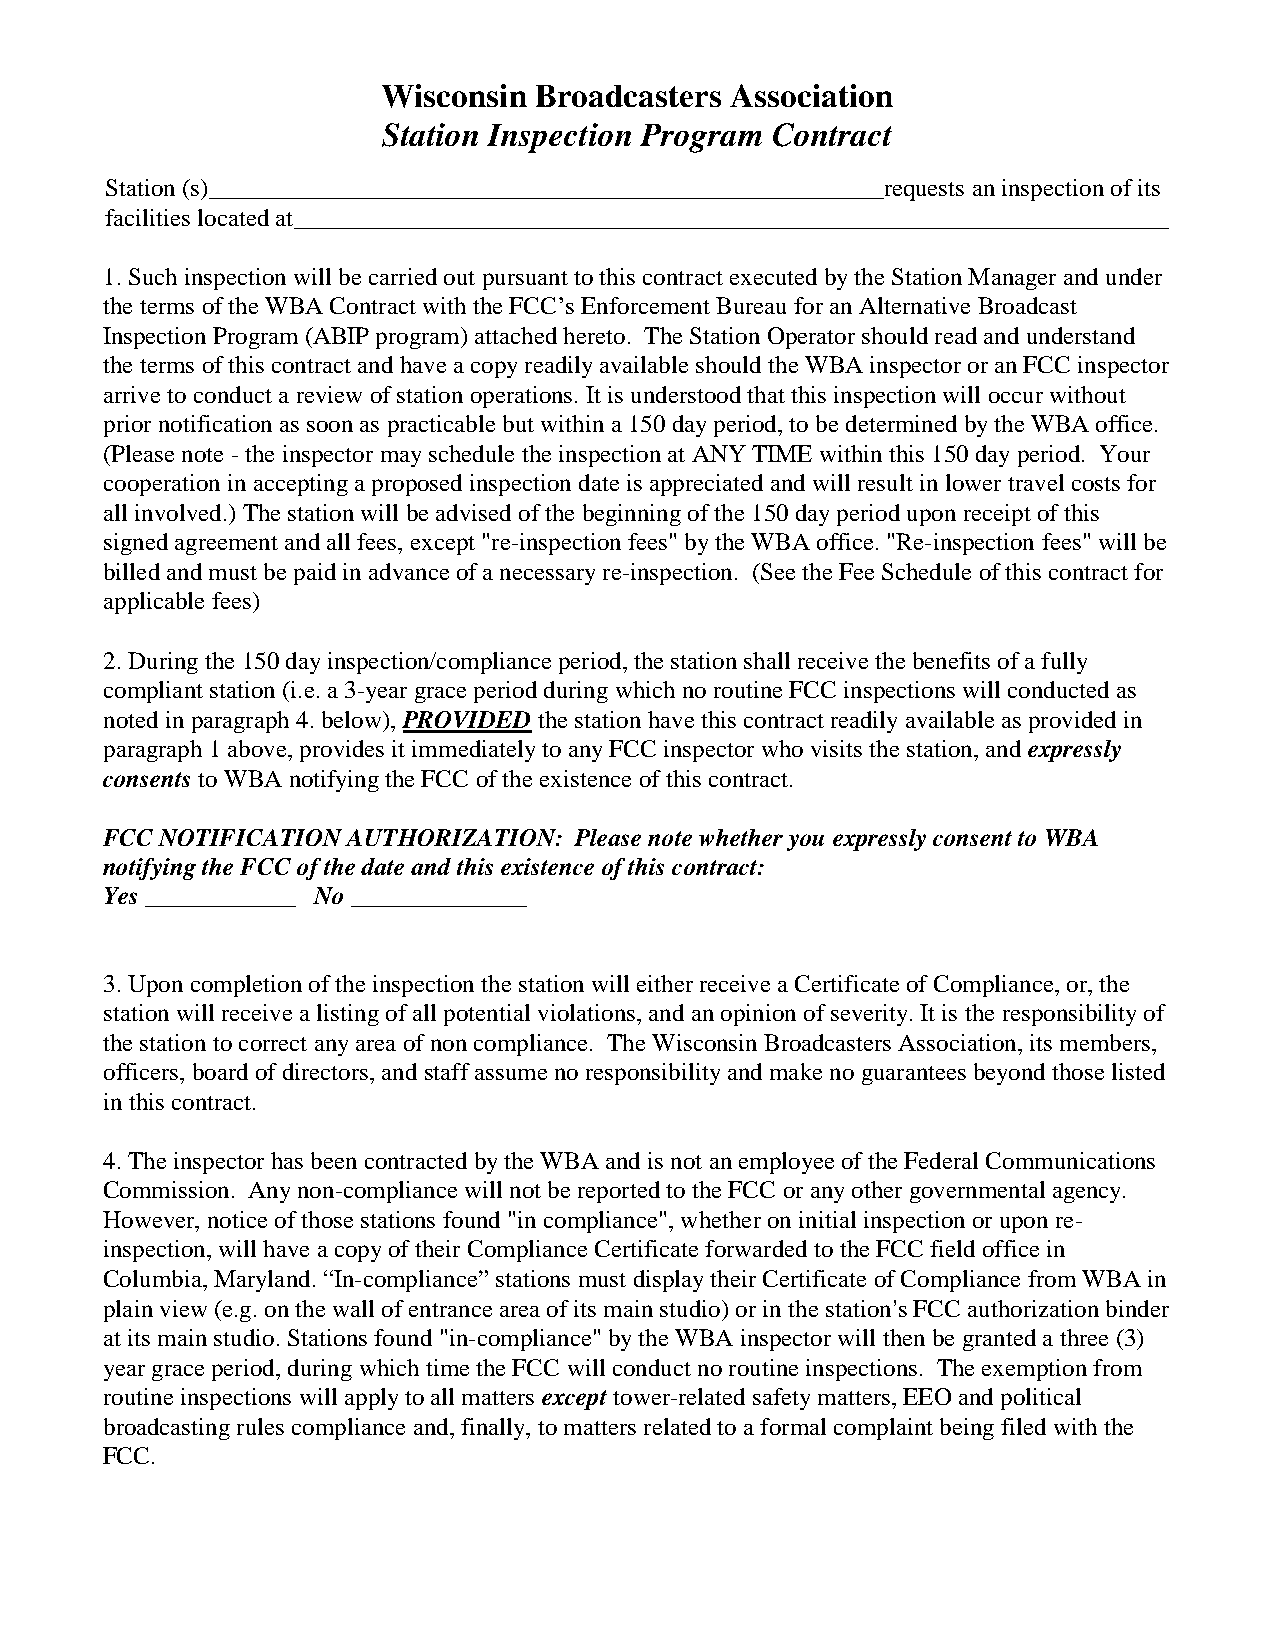
Wisconsin Broadcasters Association
 Station Inspection Program Contract
 Station (s)______________________________________________________requests an inspection of its
 facilities located at______________________________________________________________________
 1. Such inspection will be carried out pursuant to this contract executed by the Station Manager and under
 the terms of the WBA Contract with the FCC’s Enforcement Bureau for an Alternative Broadcast
 Inspection Program (ABIP program) attached hereto. The Station Operator should read and understand
 the terms of this contract and have a copy readily available should the WBA inspector or an FCC inspector
 arrive to conduct a review of station operations. It is understood that this inspection will occur without
 prior notification as soon as practicable but within a 150 day period, to be determined by the WBA office.
 (Please note - the inspector may schedule the inspection at ANY TIME within this 150 day period. Your
 cooperation in accepting a proposed inspection date is appreciated and will result in lower travel costs for
 all involved.) The station will be advised of the beginning of the 150 day period upon receipt of this
 signed agreement and all fees, except "re-inspection fees" by the WBA office. "Re-inspection fees" will be
 billed and must be paid in advance of a necessary re-inspection. (See the Fee Schedule of this contract for
 applicable fees)
 2. During the 150 day inspection/compliance period, the station shall receive the benefits of a fully
 compliant station (i.e. a 3-year grace period during which no routine FCC inspections will conducted as
 noted in paragraph 4. below), PROVIDED the station have this contract readily available as provided in
 paragraph 1 above, provides it immediately to any FCC inspector who visits the station, and expressly
 consents to WBA notifying the FCC of the existence of this contract.
 FCC NOTIFICATION AUTHORIZATION: Please note whether you expressly consent to WBA
 notifying the FCC of the date and this existence of this contract:
 Yes ____________ No ______________
 3. Upon completion of the inspection the station will either receive a Certificate of Compliance, or, the
 station will receive a listing of all potential violations, and an opinion of severity. It is the responsibility of
 the station to correct any area of non compliance. The Wisconsin Broadcasters Association, its members,
 officers, board of directors, and staff assume no responsibility and make no guarantees beyond those listed
 in this contract.
 4. The inspector has been contracted by the WBA and is not an employee of the Federal Communications
 Commission. Any non-compliance will not be reported to the FCC or any other governmental agency.
 However, notice of those stations found "in compliance", whether on initial inspection or upon re-
 inspection, will have a copy of their Compliance Certificate forwarded to the FCC field office in
 Columbia, Maryland. “In-compliance” stations must display their Certificate of Compliance from WBA in
 plain view (e.g. on the wall of entrance area of its main studio) or in the station=s FCC authorization binder
 at its main studio. Stations found "in-compliance" by the WBA inspector will then be granted a three (3)
 year grace period, during which time the FCC will conduct no routine inspections. The exemption from
 routine inspections will apply to all matters except tower-related safety matters, EEO and political
 broadcasting rules compliance and, finally, to matters related to a formal complaint being filed with the
 FCC.